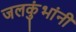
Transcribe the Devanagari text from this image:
जलकुंभांनी